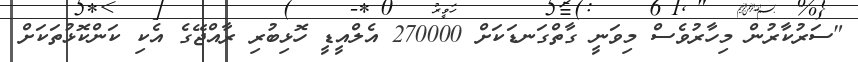
"ސަރުކާރުން މިހާރުވެސް މިވަނީ ގާތްގަނޑަކަށް 270000 އެލްއީޑީ ހޮޅިބުރި ރާއްޖޭގެ އެކި ކަންކޮޅުތަކަށް